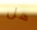
هل